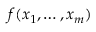
f ( x _ { 1 } , \dots , x _ { m } )